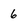
Character: 6